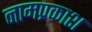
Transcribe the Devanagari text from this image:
नामप्रकाश